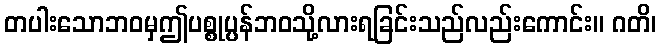
တပါးသောဘဝမှဤပစ္စုပ္ပန်ဘဝသို့လားရခြင်းသည်လည်းကောင်း။ ဂတိ၊